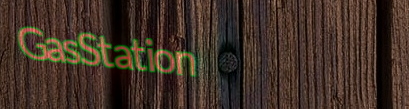
GasStation